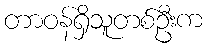
တာဝန်ရှိသူတစ်ဦးက